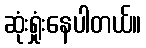
ဆုံးရှုံးနေပါတယ်။